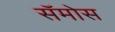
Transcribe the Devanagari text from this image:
सॅमोस